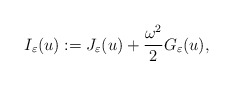
\begin{align*}I_{\varepsilon}(u):=J_{\varepsilon}(u)+\frac{\omega^{2}}{2}G_{\varepsilon}(u),\end{align*}